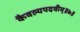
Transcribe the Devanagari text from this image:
कैवल्यपदवीम्॥७॥